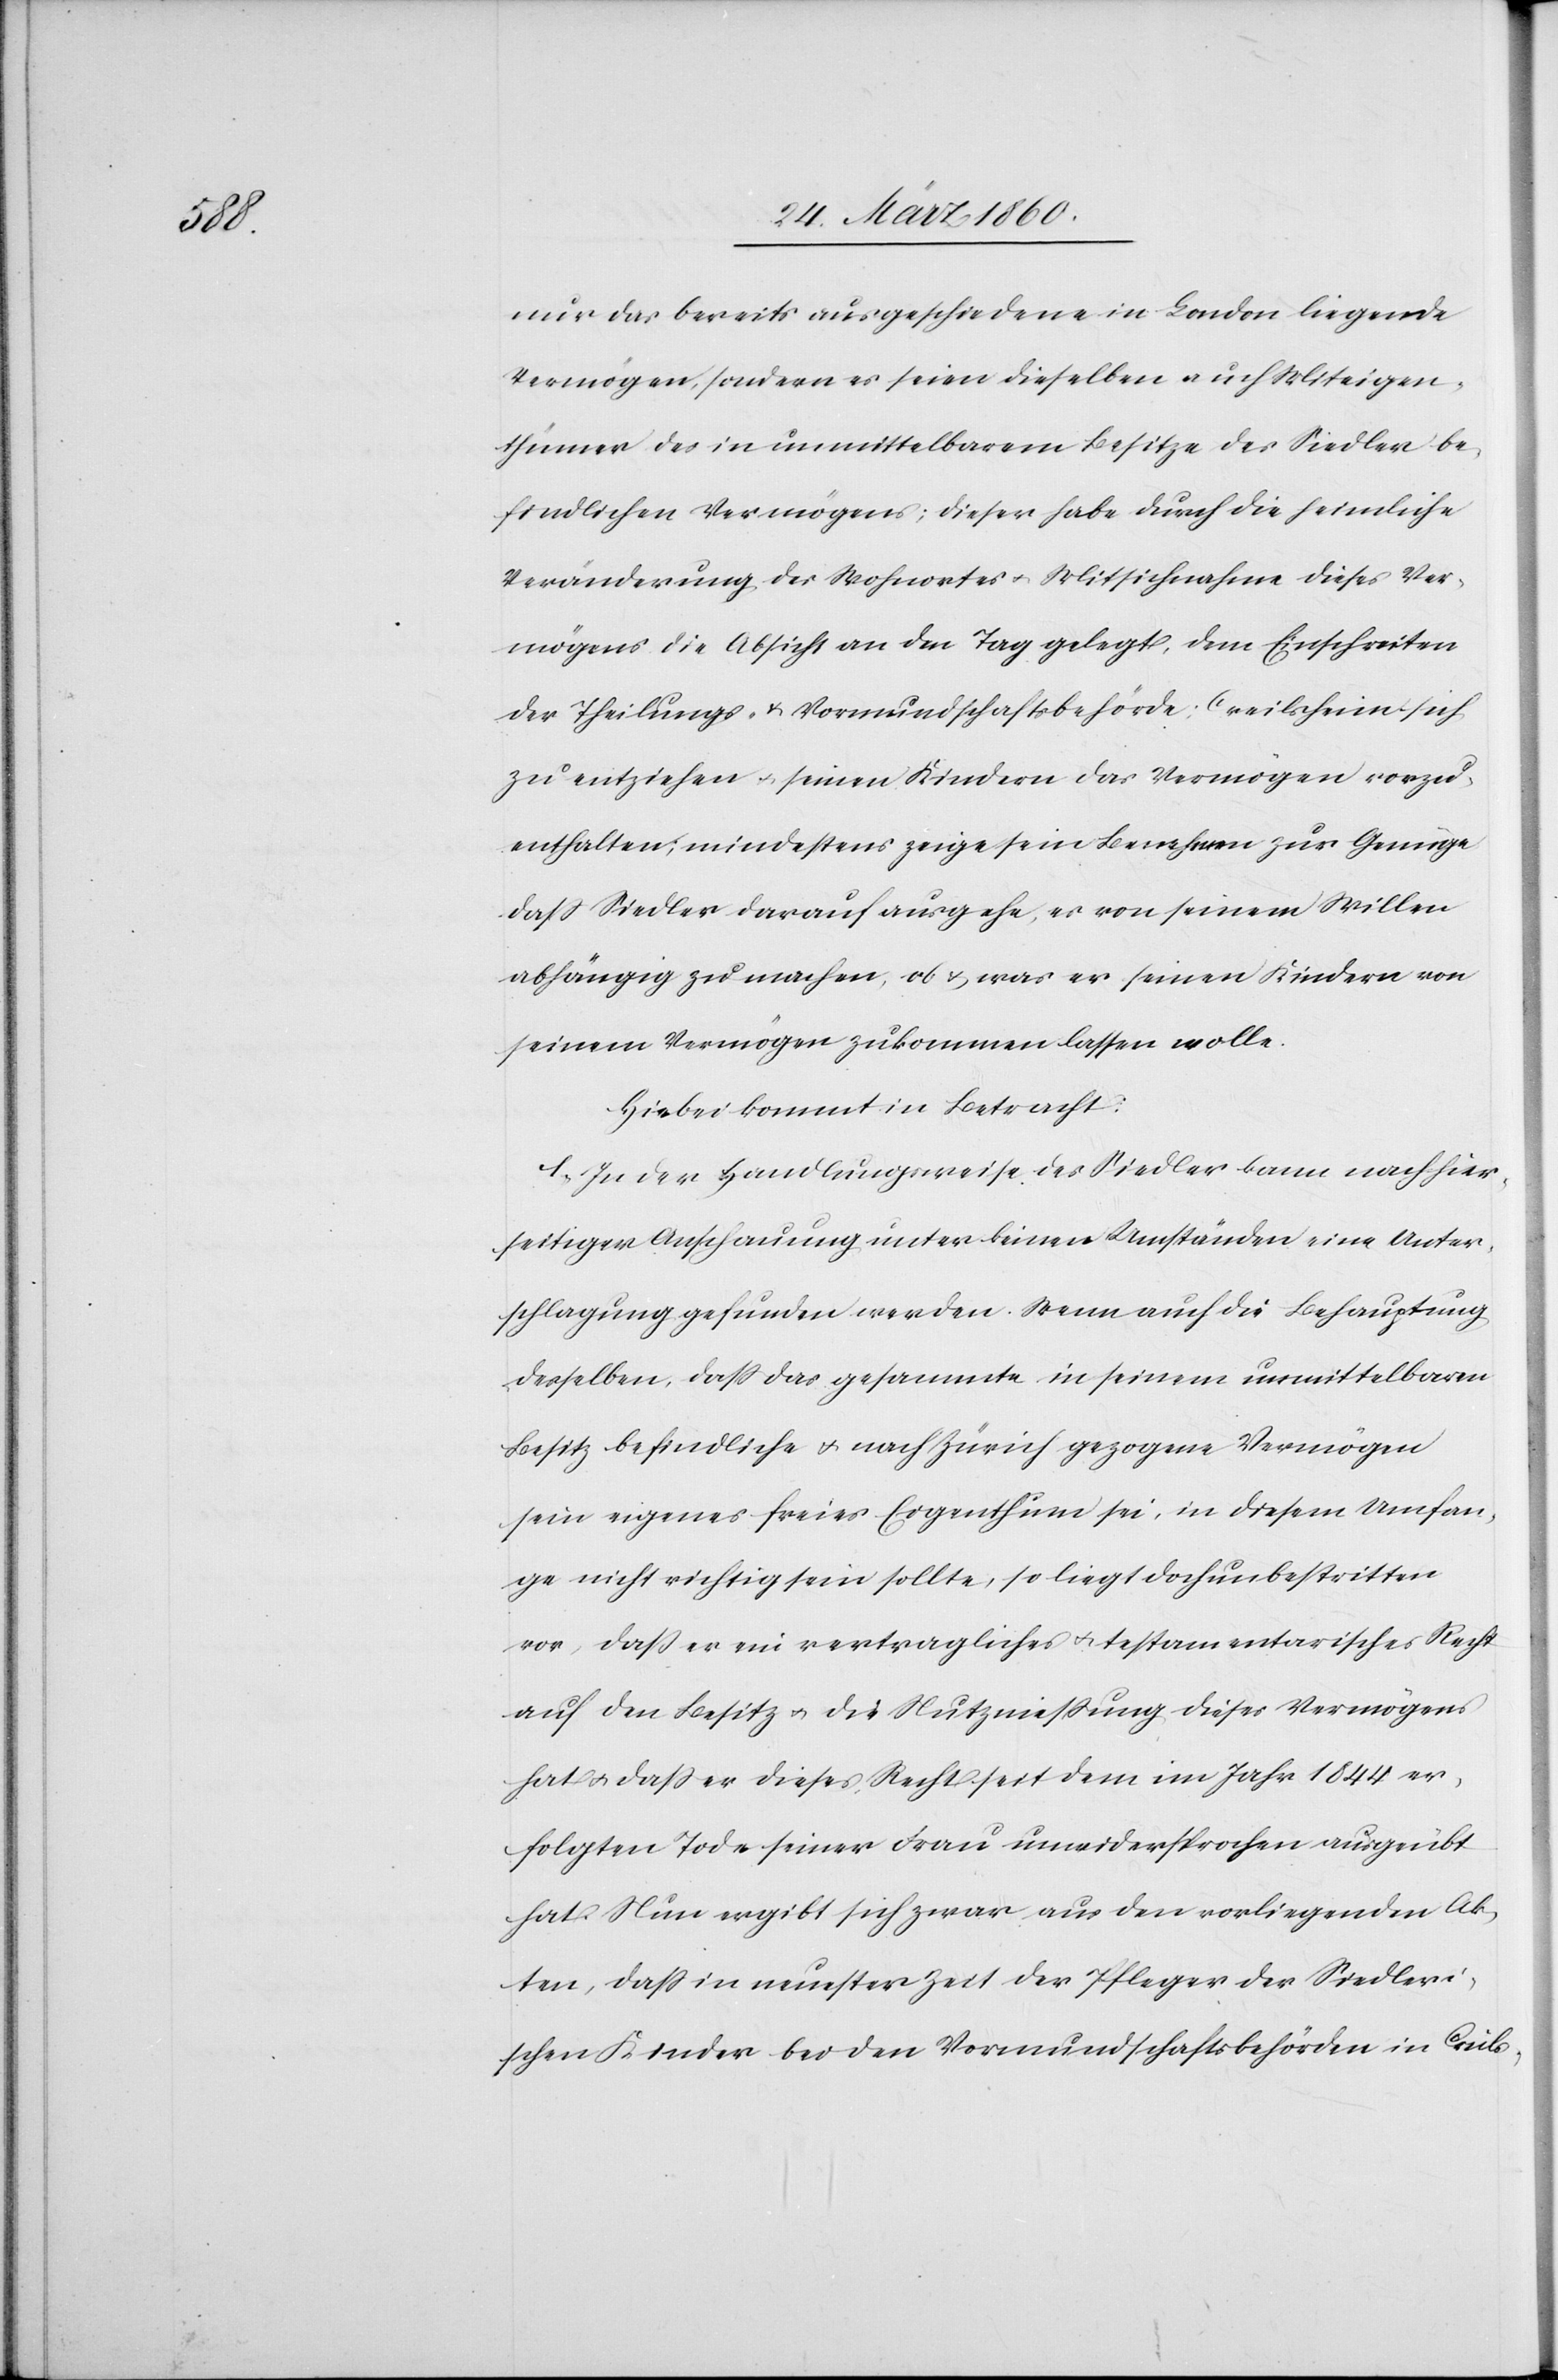
nur das bereits ausgeschiedene in London liegende
Vermögen, sondern es seien dieselben auch Miteigen¬
thümer des in unmittelbarem Besitze des Siedler be¬
findlichen Vermögens; dieser habe durch die heimliche
Veränderung des Wohnortes u. Mitsichnahme dieses Ver¬
mögens die Absicht an den Tag gelegt, dem Einschreiten
der Theilungs- u. Vormundschaftsbehörde Creilsheim sich
zu entziehen u. seinen Kindern das Vermögen vorzu¬
enthalten; mindestens zeige sein Benehmen zur Genüge
dass Siedler darauf ausgehe, es von seinem Willen
abhängig zu machen, ob u. was er seinen Kindern von
seinem Vermögen zukommen lassen wolle.
Hiebei kommt in Betracht:
1. In der Handlungsweise des Siedler kann nach hier¬
seitigen Anschauung unter keinen Umständen eine Unter¬
schlagung gefunden werden. Wenn auch die Behauptung
desselben, dass das gesammte in seinem unmittelbaren
Besitz befindliche u. nach Zürich gezogene Vermögen
sein eigenes freies Eigenthum sei, in diesem Umfan¬
ge nicht richtig sein sollte, so liegt doch unbestritten
vor, dass er ein vertragliches u. testamentarisches Recht
auf den Besitz u. die Nutznießung dieses Vermögens
hat u. dass er dieses Recht seit dem im Jahr 1844 er¬
folgten Tode seiner Frau unwidersprochen ausgeübt
hat. Nun ergibt sich zwar aus den vorliegenden Ak¬
ten, dass in neuester Zeit der Pfleger der Siedleri¬
schen Kinder bei den Vormundschaftsbehörden in Creils-